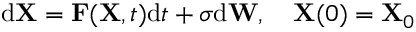
\mathrm d \mathbf X = \mathbf F ( \mathbf X , t ) \mathrm d t + \sigma \mathrm d \mathbf W , \quad \mathbf X ( 0 ) = \mathbf X _ { 0 }